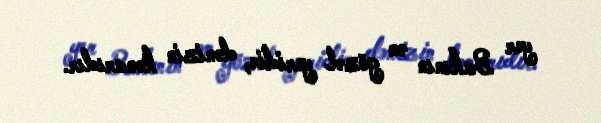
yer Bakının ən gözəl yeridir, dənizin kənarıdır.